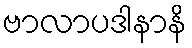
ဗာလာပဒါနာနိ